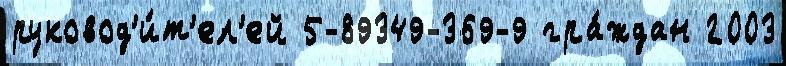
руковод'и́т'ел'ей 5-89349-369-9 гра́ждан 2003